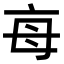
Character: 𣫭